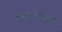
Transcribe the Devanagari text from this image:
केदारलिंगाचे